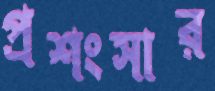
প্রশংসার